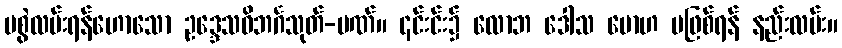
မစွဲလမ်းရန်ဟောသော ဥဒ္ဒေသဝိဘင်္ဂသုတ်-ပဏ်။ ၎င်းင်း၌ လောဘ ဒေါသ မောဟ မဖြစ်ရန် နည်းလမ်း။